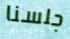
جلسنا